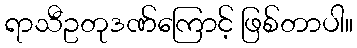
ရာသီဥတုဒဏ်ကြောင့် ဖြစ်တာပါ။